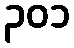
၃၀၁